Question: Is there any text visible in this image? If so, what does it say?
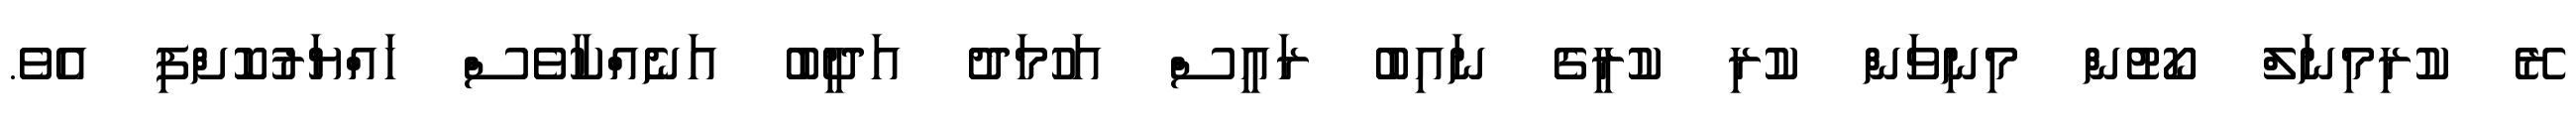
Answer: ރޭ ކުރިމިނަލް ކޯޓުން މިނިވަން ކުރި ކުރީގެ ނައިބު ރައީސް އަހުމަދު އަދީބު އަނެއްކާވެސް ހައްޔަރުކޮށްފި އެވެ.